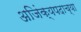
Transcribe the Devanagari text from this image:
अजिंक्यपदाच्या